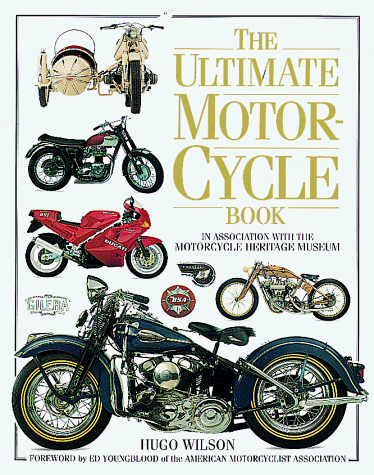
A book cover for Ultimate Motorcycle Book; Hugo Wilson; Sports & Outdoors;